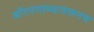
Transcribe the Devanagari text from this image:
डोंगरमाथ्यावरूनच